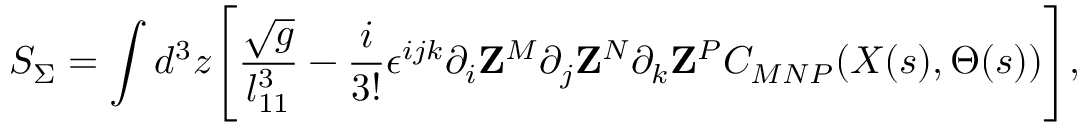
{ \cal S } _ { \Sigma } = \int d ^ { 3 } z \Biggl [ { \frac { \sqrt { g } } { l _ { 1 1 } ^ { 3 } } } - { \frac { i } { 3 ! } } \epsilon ^ { i j k } \partial _ { i } { \bf Z } ^ { M } \partial _ { j } { \bf Z } ^ { N } \partial _ { k } { \bf Z } ^ { P } C _ { M N P } ( X ( s ) , \Theta ( s ) ) \Biggr ] ,